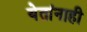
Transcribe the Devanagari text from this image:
येतांनाही